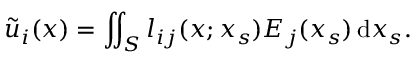
\tilde { { u } } _ { i } ( \boldsymbol { x } ) = \iint _ { S } { l _ { i j } ( \boldsymbol { x } ; \boldsymbol { x } _ { s } ) E _ { j } ( \boldsymbol { x } _ { s } ) } \, \mathrm { d } \boldsymbol { x } _ { s } .